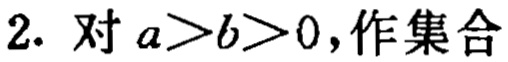
2. 对 \(a > b > 0\)，作集合